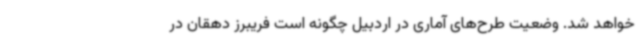
خواهد شد. وضعیت طرح‌های آماری در اردبیل چگونه است فریبرز دهقان در